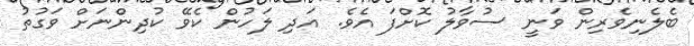
ބެލެނިވެރިން ވަނީ ސުވާލު ކޮށްފަ އެވެ. އަދި ލަހުން ކެވޭ ކުދިންނަށް ވަގުތު